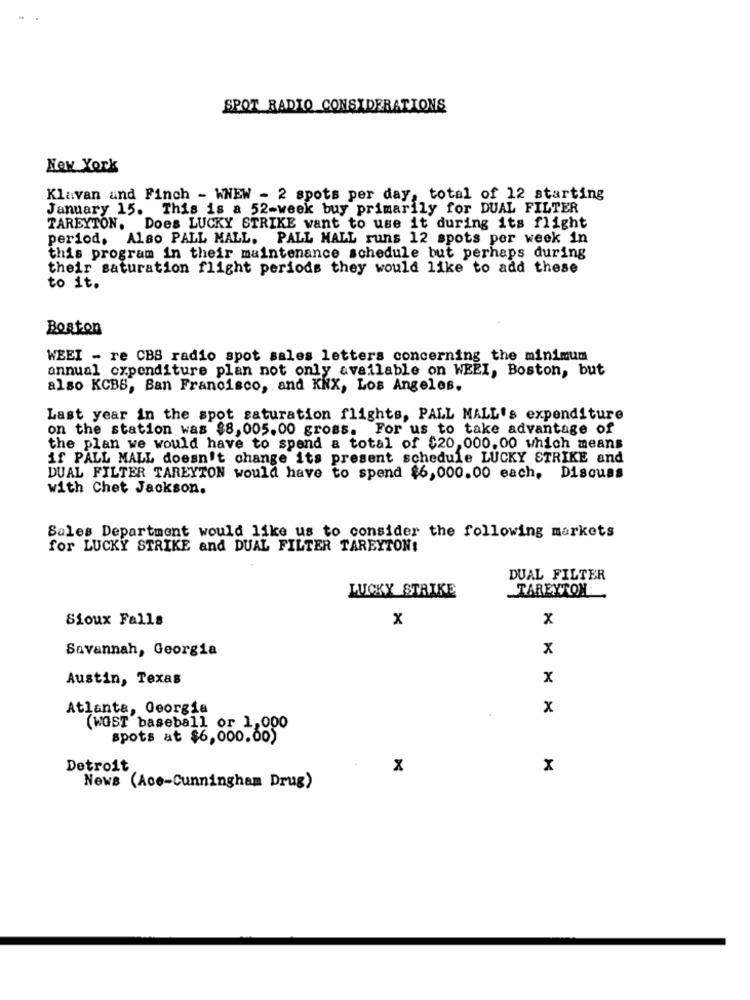
SPOT RADIO CONSIDERATIONS
New York
Klavan and Finch - WNEW - 2 spots per day, total of 12 starting
January 15. This is a 52-week buy primarily for DUAL FILTER
TAREYTON. Does LUCKY STRIKE want to use it during its flight
period. Also PALL MALL. PALL MALL runs 12 spots per week in
this program in their maintenance schedule but perhaps during
their saturation flight periods they would like to add these
to it.
Boston
WEEI - re CBS radio spot sales letters concerning the minimum
annual expenditure plan not only available on WEEI, Boston, but
also KCBB, San Francisco, and KNX, Los Angeles.
Last year in the spot saturation flights, PALL MALL's expenditure
on the station was $8,005.00 gross. For us to take advantage of
the plan we would have to spend a total of $20,000.00 which means
if PALL MALL doesn't change its present schedule LUCKY STRIKE and
DUAL FILTER TAREYTON would have to spend $6,000.00 each, Discuss
with Chet Jackson.
Sales Department would like us to consider the following markets
for LUCKY STRIKE and DUAL FILTER TAREYTON!
DUAL FILTER
LUCKY STRIKE
TAREYTON
Sioux Falls
x
x
Savannah, Georgia
x
Austin, Texas
x
Atlanta, Georgia
x
(WGST baseball or 1,000
spots at $6,000.00)
Detroit
x
x
News (Ace-Cunningham Drug)